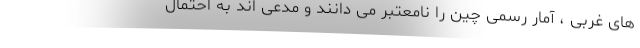
های غربی ، آمار رسمی چین را نامعتبر می دانند و مدعی اند به احتمال